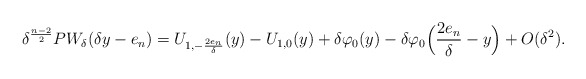
\begin{align*} \delta^{\frac{n-2}{2}}PW_{\delta}(\delta y-e_n) =U_{1,-\frac{2e_n}{\delta}}(y)-U_{1,0}(y)+\delta \varphi_0(y)-\delta \varphi_0\Big(\frac{2e_n}{\delta}-y\Big)+O(\delta^{2}). \end{align*}